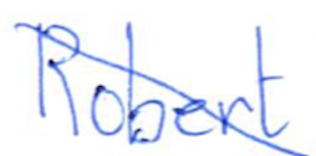
Text: Robert
Cross-out: mix
Writing tool: ballpoint